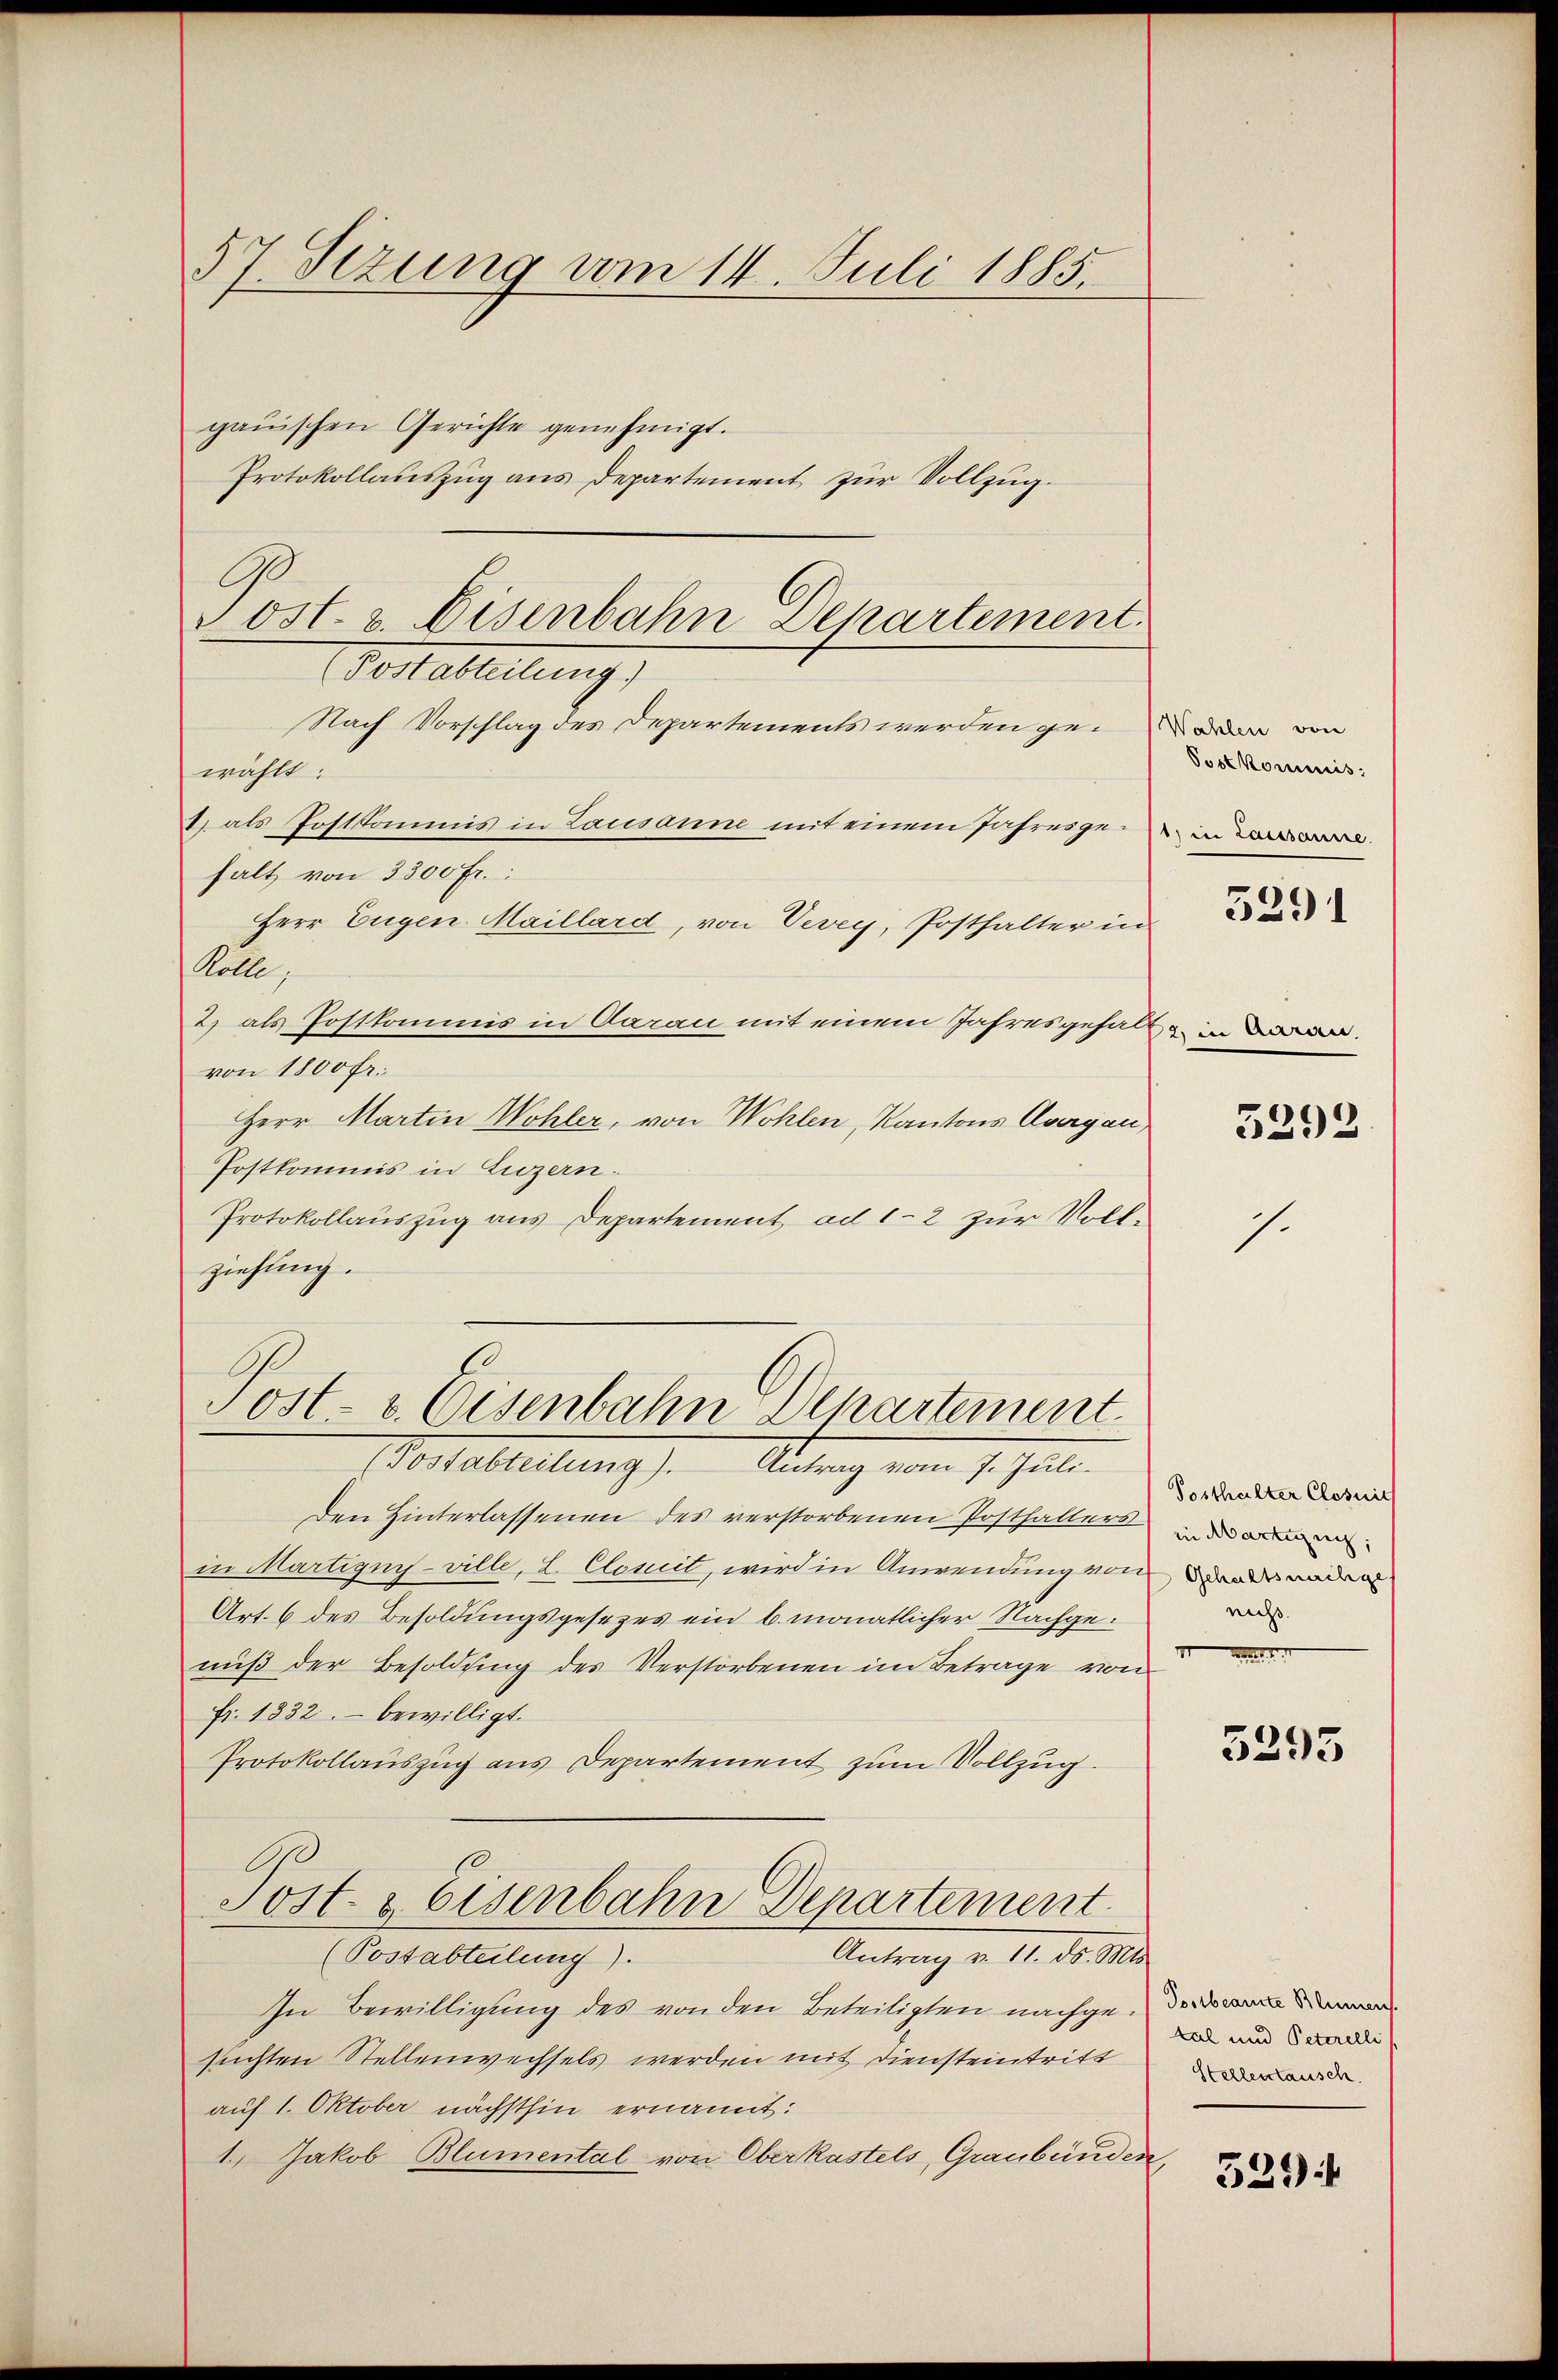
57. Sezung vom 14. Juli 1885.

ganischen Gerichte genehmigt.
Protokollauszug aus Departement zur Vollzug.
Nach Vorschlag des Departements werden gewählt:
2) als Postkommis in Lausanne mit einem Jahresgefalt von 3300 fr.:
Herr Eugen. Maillard, von Vevey, Posthalter in
Kolle,
2.) als Postkommis in daran mit einem Jahresgehalt
von 1800 fr.
Herr Martin Wohler, von Wohlen, Kantons Aargau
Postkommis in Luzern.
Protokollauszug aus Departement ad 1-2 zur Vollziehung.

Post- & Eisenbahn Departement
Pestatterung

Post v. Eisenbahn Departement.
Mortatierung
Antrag vom 1. Juli.

Den Hinterlassenen des verstorbenen Posthalters
in Martigny-ville, L. Comit, wird in Anwendung von Badeanden
Art. 6 des Besoldungsgesezes ein 6. monatlicher Nachgenuß der Besoldung des Verstorbenen im Betrage von
fr. 1332. bewilligt.
Protokollauszug aus Departement zum Vollzug.
Post- & Eisenbahn Departement
(Postabteilung).
Antrag v. 14. d. 10.
In Bewilligung des von den Beteiligten nachge-
suchten Stellenwechsels werden mit Diensteintritt
auf 1. Oktober nächsthin ernannt:
1.) Jakob Blumental von Oberkastels, Graubünden,

Wahlen von
Postkommis
1) in Lausanne.

5291

5292

J.

Posthalter Closnit
in Marting
nicht.

5295

tal und Peterelli
Stellentausch.

529)